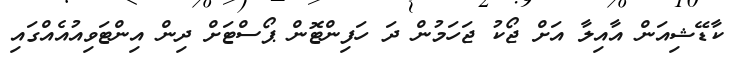
ކާޑޭޝިއަން އާއިލާ އަށް ޖޯކު ޖަހަމުން ދަ ހަފިންޓޮން ޕޯސްޓަށް ދިން އިންޓަވިއުއެއްގައި